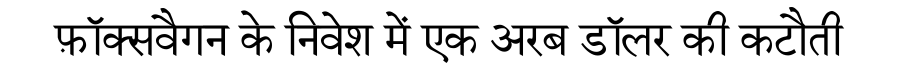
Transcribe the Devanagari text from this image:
फ़ॉक्सवैगन के निवेश में एक अरब डॉलर की कटौती